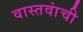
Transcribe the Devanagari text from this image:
वास्तवांची